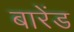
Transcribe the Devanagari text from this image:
बारेंड